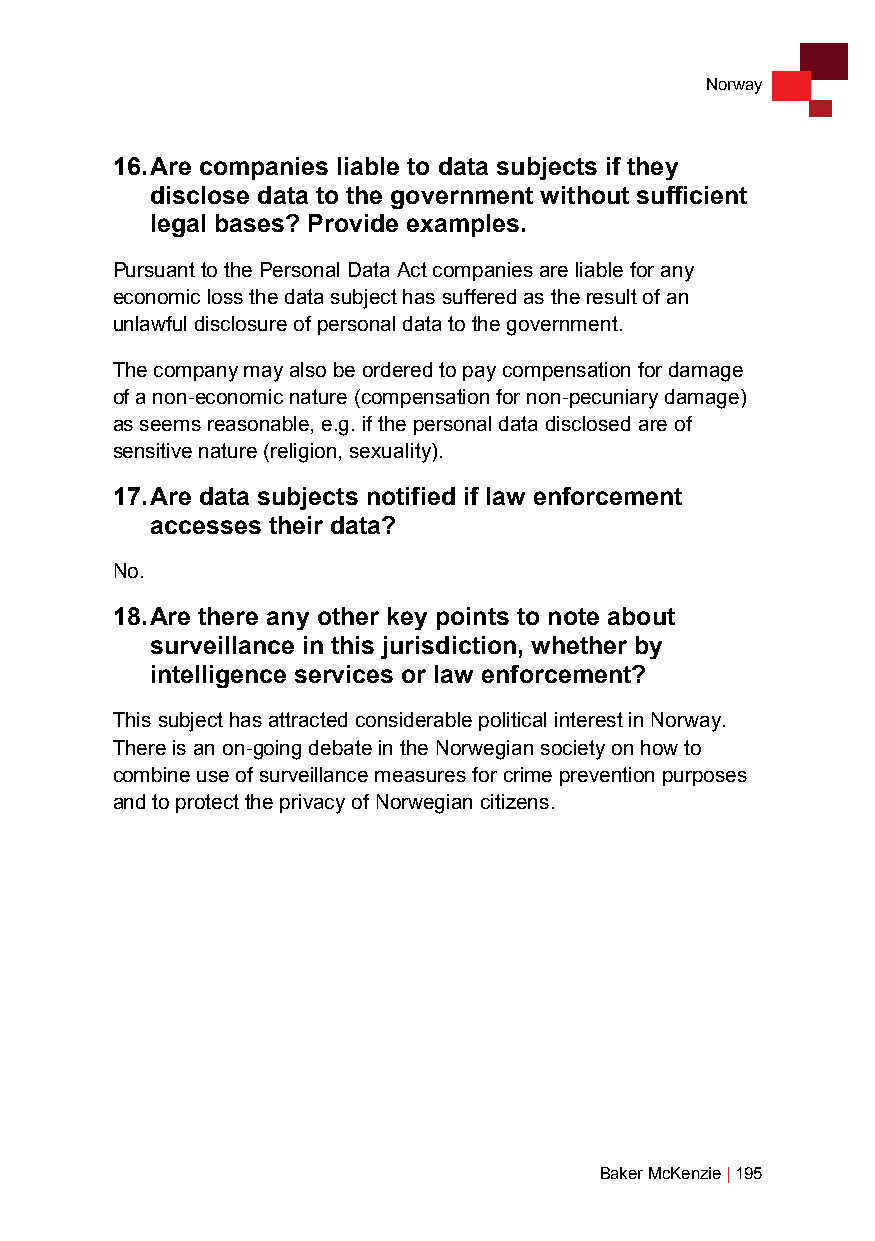
Norway
 16. Are companies liable to data subjects if they
 disclose data to the government without sufficient
 legal bases? Provide examples.
 Pursuant to the Personal Data Act companies are liable for any
 economic loss the data subject has suffered as the result of an
 unlawful disclosure of personal data to the government.
 The company may also be ordered to pay compensation for damage
 of a non-economic nature (compensation for non-pecuniary damage)
 as seems reasonable, e.g. if the personal data disclosed are of
 sensitive nature (religion, sexuality).
 17. Are data subjects notified if law enforcement
 accesses their data?
 No.
 18. Are there any other key points to note about
 surveillance in this jurisdiction, whether by
 intelligence services or law enforcement?
 This subject has attracted considerable political interest in Norway.
 There is an on-going debate in the Norwegian society on how to
 combine use of surveillance measures for crime prevention purposes
 and to protect the privacy of Norwegian citizens.
 Baker McKenzie | 195